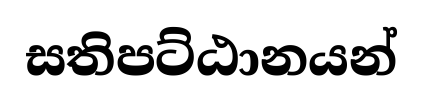
සතිපට්ඨානයන්